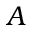
A